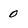
Character: 0